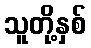
သူတို့နှစ်